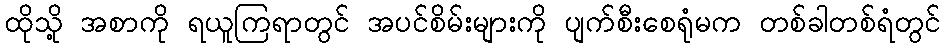
ထိုသို့ အစာကို ရယူကြရာတွင် အပင်စိမ်းများကို ပျက်စီးစေရုံမက တစ်ခါတစ်ရံတွင်